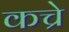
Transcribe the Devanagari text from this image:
कच्रे